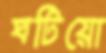
ঘটিয়ো